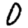
Digit: 0